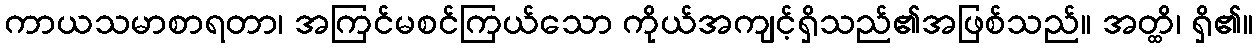
ကာယသမာစာရတာ၊ အကြင်မစင်ကြယ်သော ကိုယ်အကျင့်ရှိသည်၏အဖြစ်သည်။ အတ္ထိ၊ ရှိ၏။